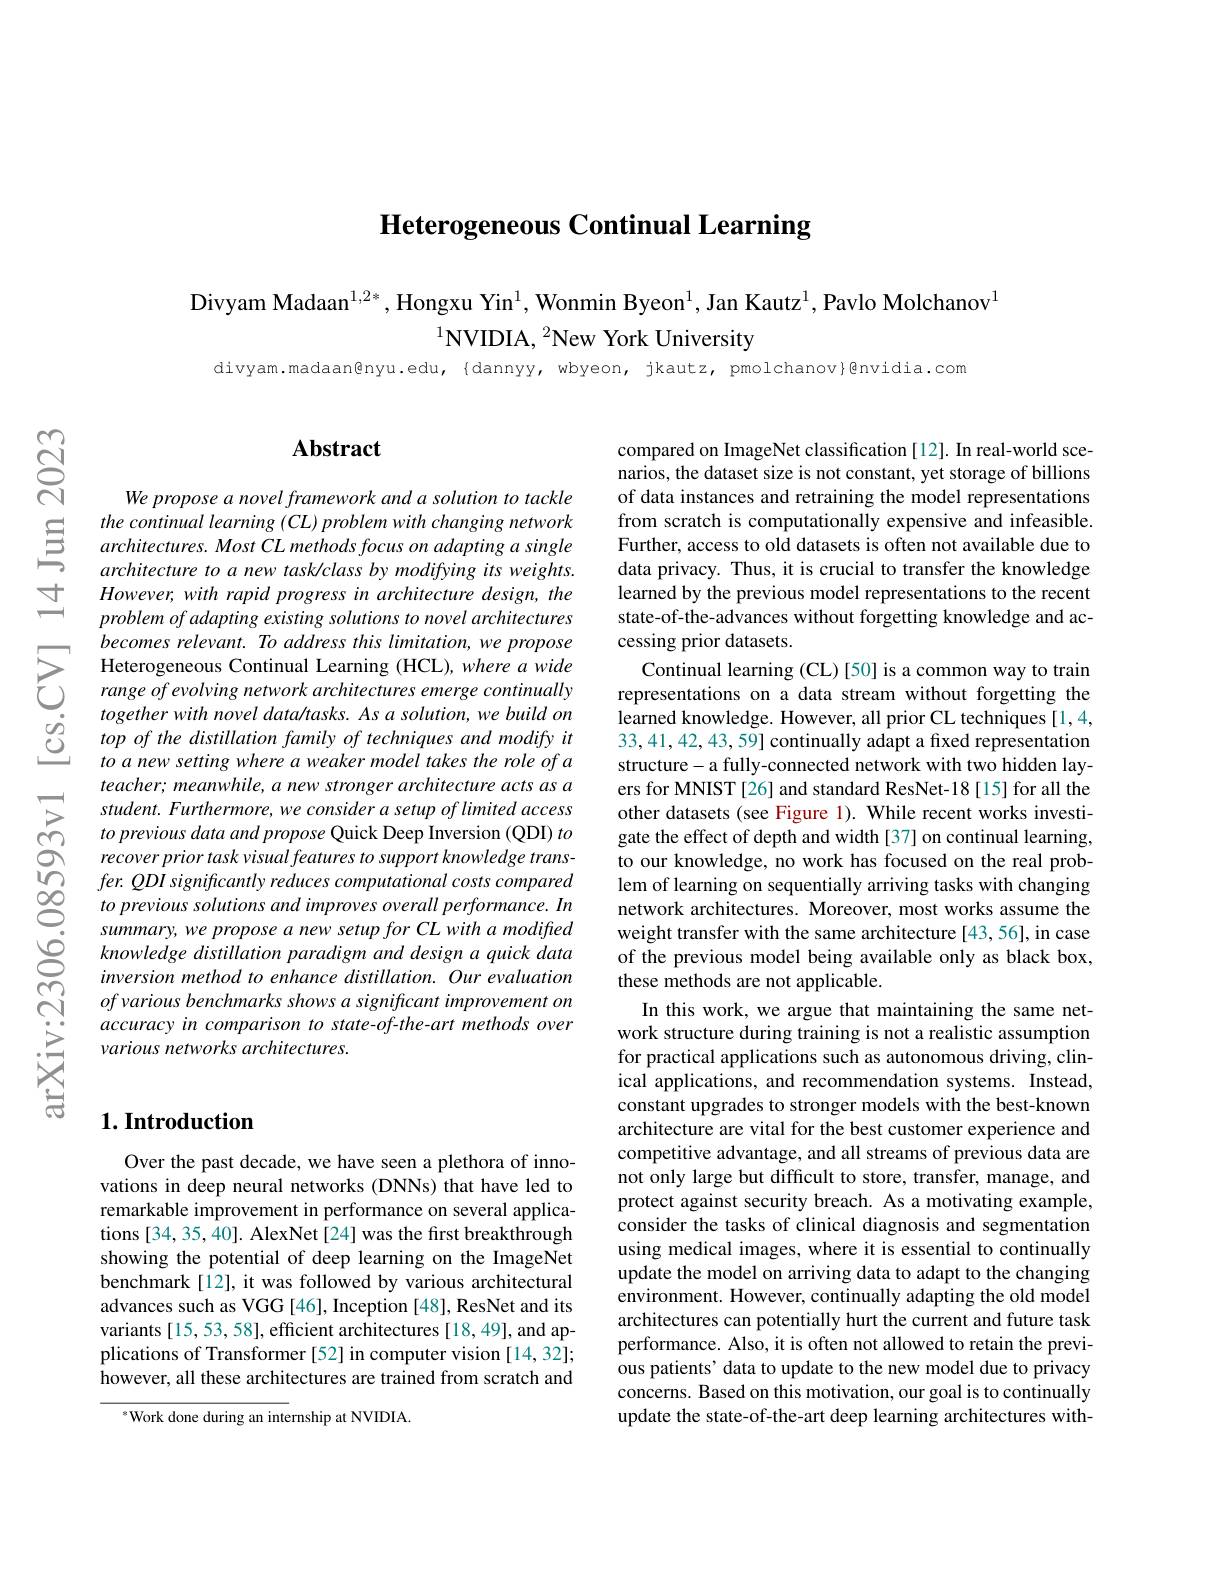
Heterogeneous Continual Learning

Divyam Madaan$^{1,2*}$, Hongxu Yin$^1$, Wonmin Byeon$^1$, Jan Kautz$^1$, Pavlo Molchanov$^{1}$
$^{1}$NVIDIA, $^2$New York University

divyam.madaan@nyu.edu,{dannyy, wbyeon, jkautz, pmolchanov}@nvidia.com

$ଟ୍ନି$

$\pm$

## $\mathbf{Abstract}$

We propose a novel framework and a solution to tackle
$\begin{array}{ccc}&the&continual&learning\left(CL\right)problem\:with\:changing\:network\\&&architectures.Most\:CL\:methods\:focus\:on\:adapting\:a\:single\\&&architecture\:to\:a\:new\:task/class\:by\:modifying\:its\:weights.\end{array}$
$However, with\textit{ rapid progress in architecture design, the}$ problem of adapting existing solutions to novel architectures becomes relevant. To address this limitation, we propose
Heterogeneous Continual Learning ( HCL) , where a wide CL) [ 50] is a common way to train C range of evolving network architectures emerge continually representations on a data stream without forgetting the co together with novel datatotasks. As a solutio
$\begin{array}{ccc}&togetherwith\:novel\:dataltasks.\:As\:a\:solution,\:we\:build\:on\\\dot{O}&top\:of\:the\:distillation\:family\:of\:techniques\:and\:modify\:it\\&to\:a\:new\:setting\:where\:a\:weaker\:model\:takes\:the\:role\:of\:a\end{array}$
teacher; meanwhile, a new stronger architecture acts as a student. Furthermore, we consider a setup of limited access to previous data and propose Quick Deep Inversion (QDI) to recover prior task visual features to support knowledge transfer. QDI significantly reduces computational costs compared to previous solutions and improves overall performance. In summary, we propose a new setup for CL with a modifted knowledge distillation paradigm and design a quick data inversion method to enhance distillation. Our evaluation $ofvarious\textit{benchmarks shows a significant improvement on}$ accuracy in comparison to state-of-the-art methods over various networks architectures.

## $1. \textbf{Introduction}$

Over the past decade, we have seen a plethora of innovations in deep neural networks (DNNs) that have led to remarkable improvement in performance on several applications [34, 35, 40]. AlexNet [24] was the first breakthrough showing the potential of deep learning on the ImageNet benchmark [12], it was followed by various architectural advances such as VGG [46], Inception [48], ResNet and its variants [15,53,58], efficient architectures [18,49], and applications of Transformer [52] in computer vision [14,32]; however, all these architectures are trained from scratch and

$^{*}$Work done during an internship at NVIDIA.

compared on ImageNet classification [12]. In real-world scenarios, the dataset size is not constant, yet storage of billions of data instances and retraining the model representations from scratch is computationally expensive and infeasible. Further, access to old datasets is often not available due to data privacy. Thus, it is crucial to transfer the knowledge learned by the previous model representations to the recent state-of-the-advances without forgetting knowledge and accessing prior datasets.
33,41,42,43,59] continually adapt a fixed representation structure- a fully-connected network with two hidden layers for MNIST [26] and standard ResNet-18 [15] for all the other datasets (see Figure 1). While recent works investigate the effect of depth and width [37] on continual learning, to our knowledge, no work has focused on the real problem of learning on sequentially arriving tasks with changing network architectures. Moreover, most works assume the weight transfer with the same architecture [43,56], in case of the previous model being available only as black box, these methods are not applicable.
In this work, we argue that maintaining the same network structure during training is not a realistic assumption for practical applications such as autonomous driving, clinical applications, and recommendation systems. Instead, constant upgrades to stronger models with the best-known architecture are vital for the best customer experience and competitive advantage, and all streams of previous data are not only large but difficult to store, transfer, manage, and protect against security breach. As a motivating example, consider the tasks of clinical diagnosis and segmentation using medical images, where it is essential to continually update the model on arriving data to adapt to the changing environment. However, continually adapting the old model architectures can potentially hurt the current and future task performance. Also, it is often not allowed to retain the previous patients' data to update to the new model due to privacy concerns. Based on this motivation, our goal is to continually update the state-of-the-art deep learning architectures with-